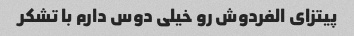
پیتزای الفردوش رو خیلی دوس دارم با تشکر